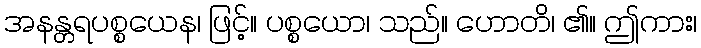
အနန္တရပစ္စယေန၊ ဖြင့်။ ပစ္စယော၊ သည်။ ဟောတိ၊ ၏။ ဤကား၊